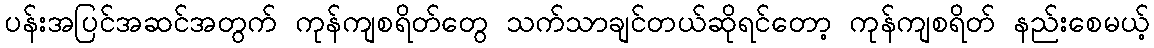
ပန်းအပြင်အဆင်အတွက် ကုန်ကျစရိတ်တွေ သက်သာချင်တယ်ဆိုရင်တော့ ကုန်ကျစရိတ် နည်းစေမယ့်